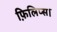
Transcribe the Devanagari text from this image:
फ़िलिप्स।